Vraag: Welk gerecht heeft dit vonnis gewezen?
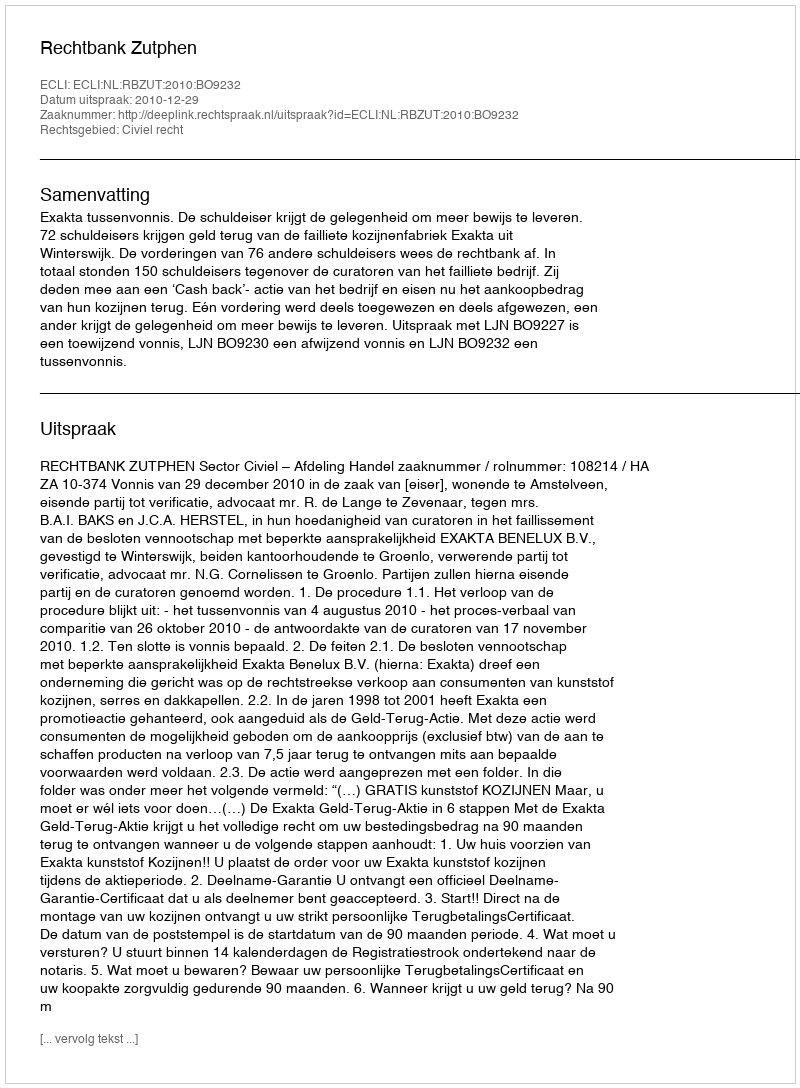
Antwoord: Rechtbank Zutphen